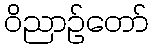
ဝိညာဉ်တော်